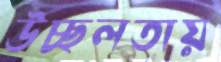
উচ্ছলতায়